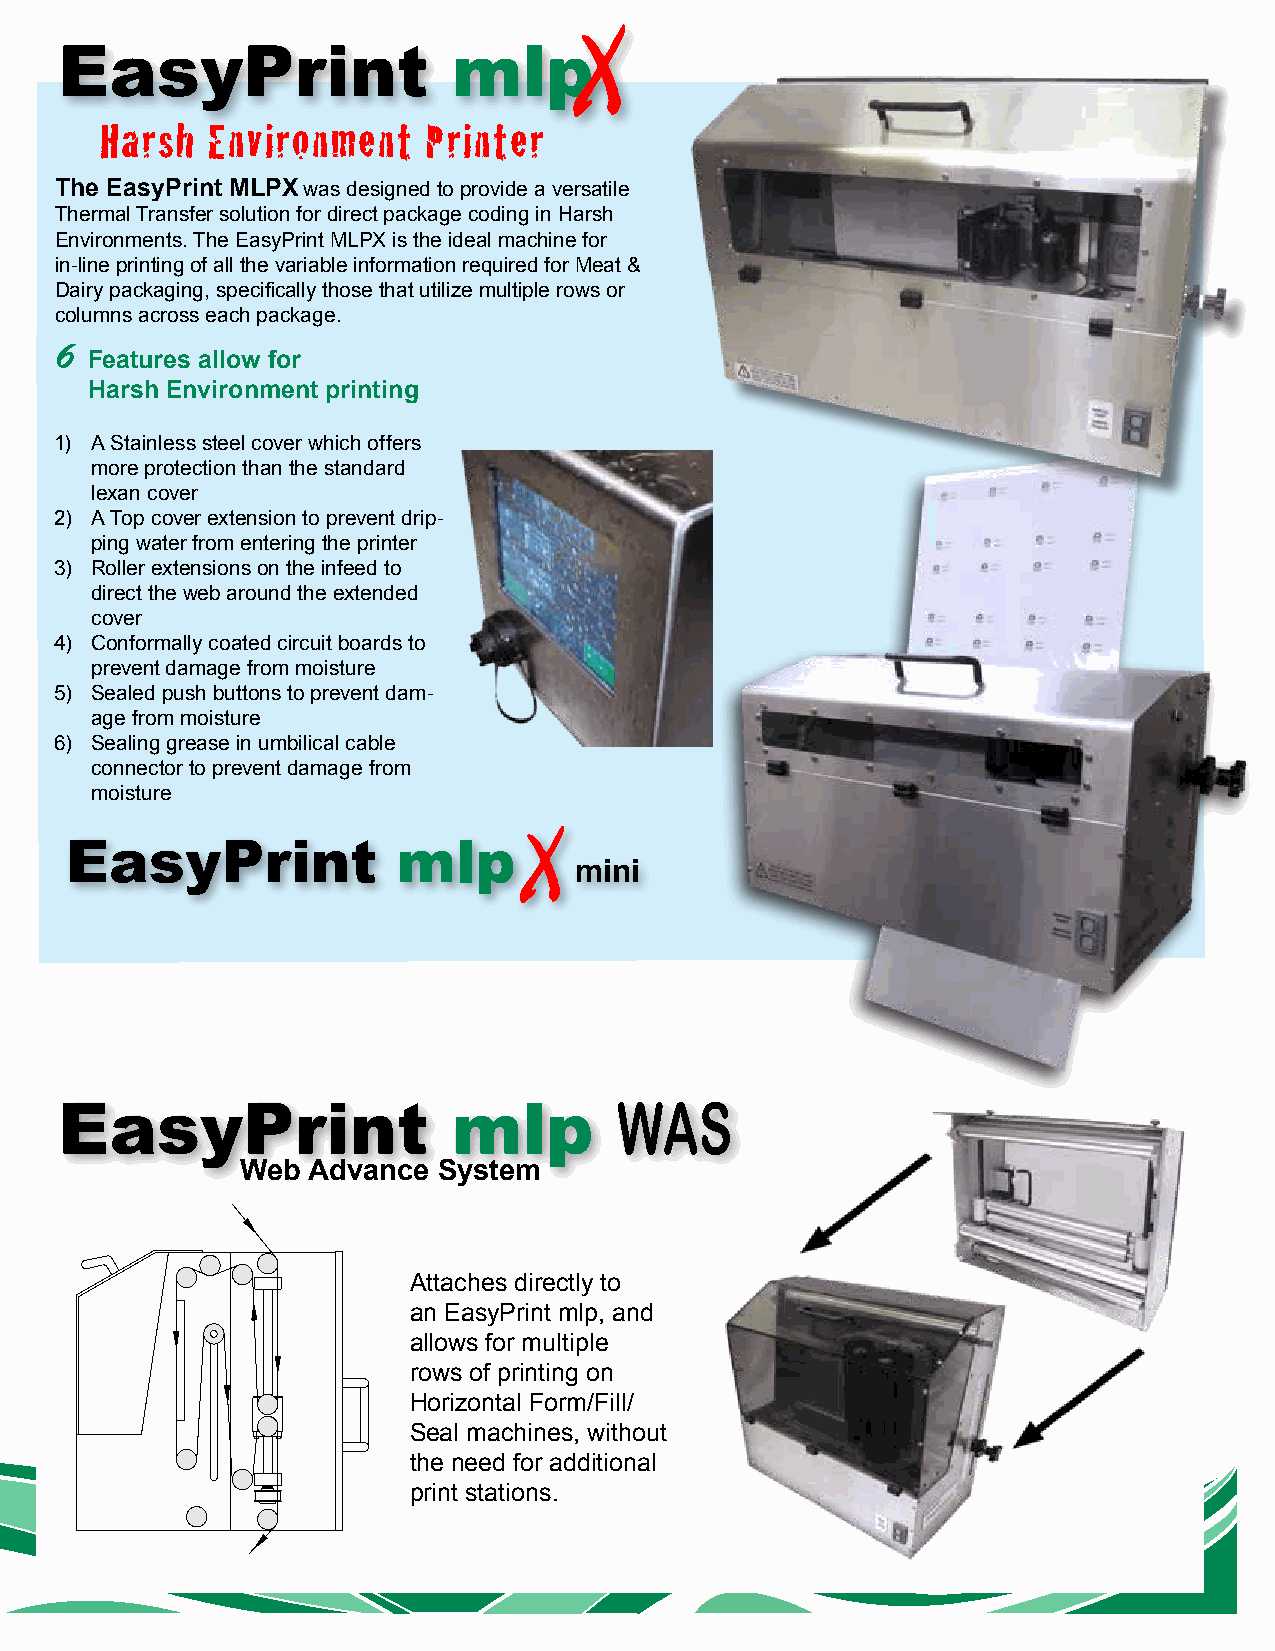
EasyPrint                 mlp
 Harsh  Environment   Printer
 The EasyPrint MLPX was designed to provide a versatile
 Thermal Transfer solution for direct package coding in Harsh
 Environments. The EasyPrint MLPX is the ideal machine for
 in-line printing of all the variable information required for Meat &
 Dairy packaging, specifically those that utilize multiple rows or
 columns across each package.
 6
 Features allow for
 Harsh Environment printing
 1) A Stainless steel cover which offers
 more protection than the standard
 lexan cover
 2) A Top cover extension to prevent drip-
 ping water from entering the printer
 3) Roller extensions on the infeed to
 direct the web around the extended
 cover
 4) Conformally coated circuit boards to
 prevent damage from moisture
 5) Sealed push buttons to prevent dam-
 age from moisture
 6) Sealing grease in umbilical cable
 connector to prevent damage from
 moisture
 EasyPrint             mlp
 mini
 WAS
 EasyPrint                 mlp
 Web Advance  System
 Attaches directly to
 an EasyPrint mlp, and
 allows for multiple
 rows of printing on
 Horizontal Form/Fill/
 Seal machines, without
 the need for additional
 print stations.